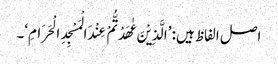
اصل الفاظ ہیں: ’الَّذِیْنَ عٰھَدْتُّمْ عِنْدَ الْمَسْجِدِ الْحَرَامِ‘۔